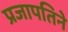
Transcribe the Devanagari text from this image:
प्रजापतिने